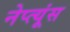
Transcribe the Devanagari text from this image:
नेप्त्यूंस